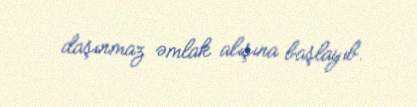
daşınmaz əmlak alışına başlayıb.